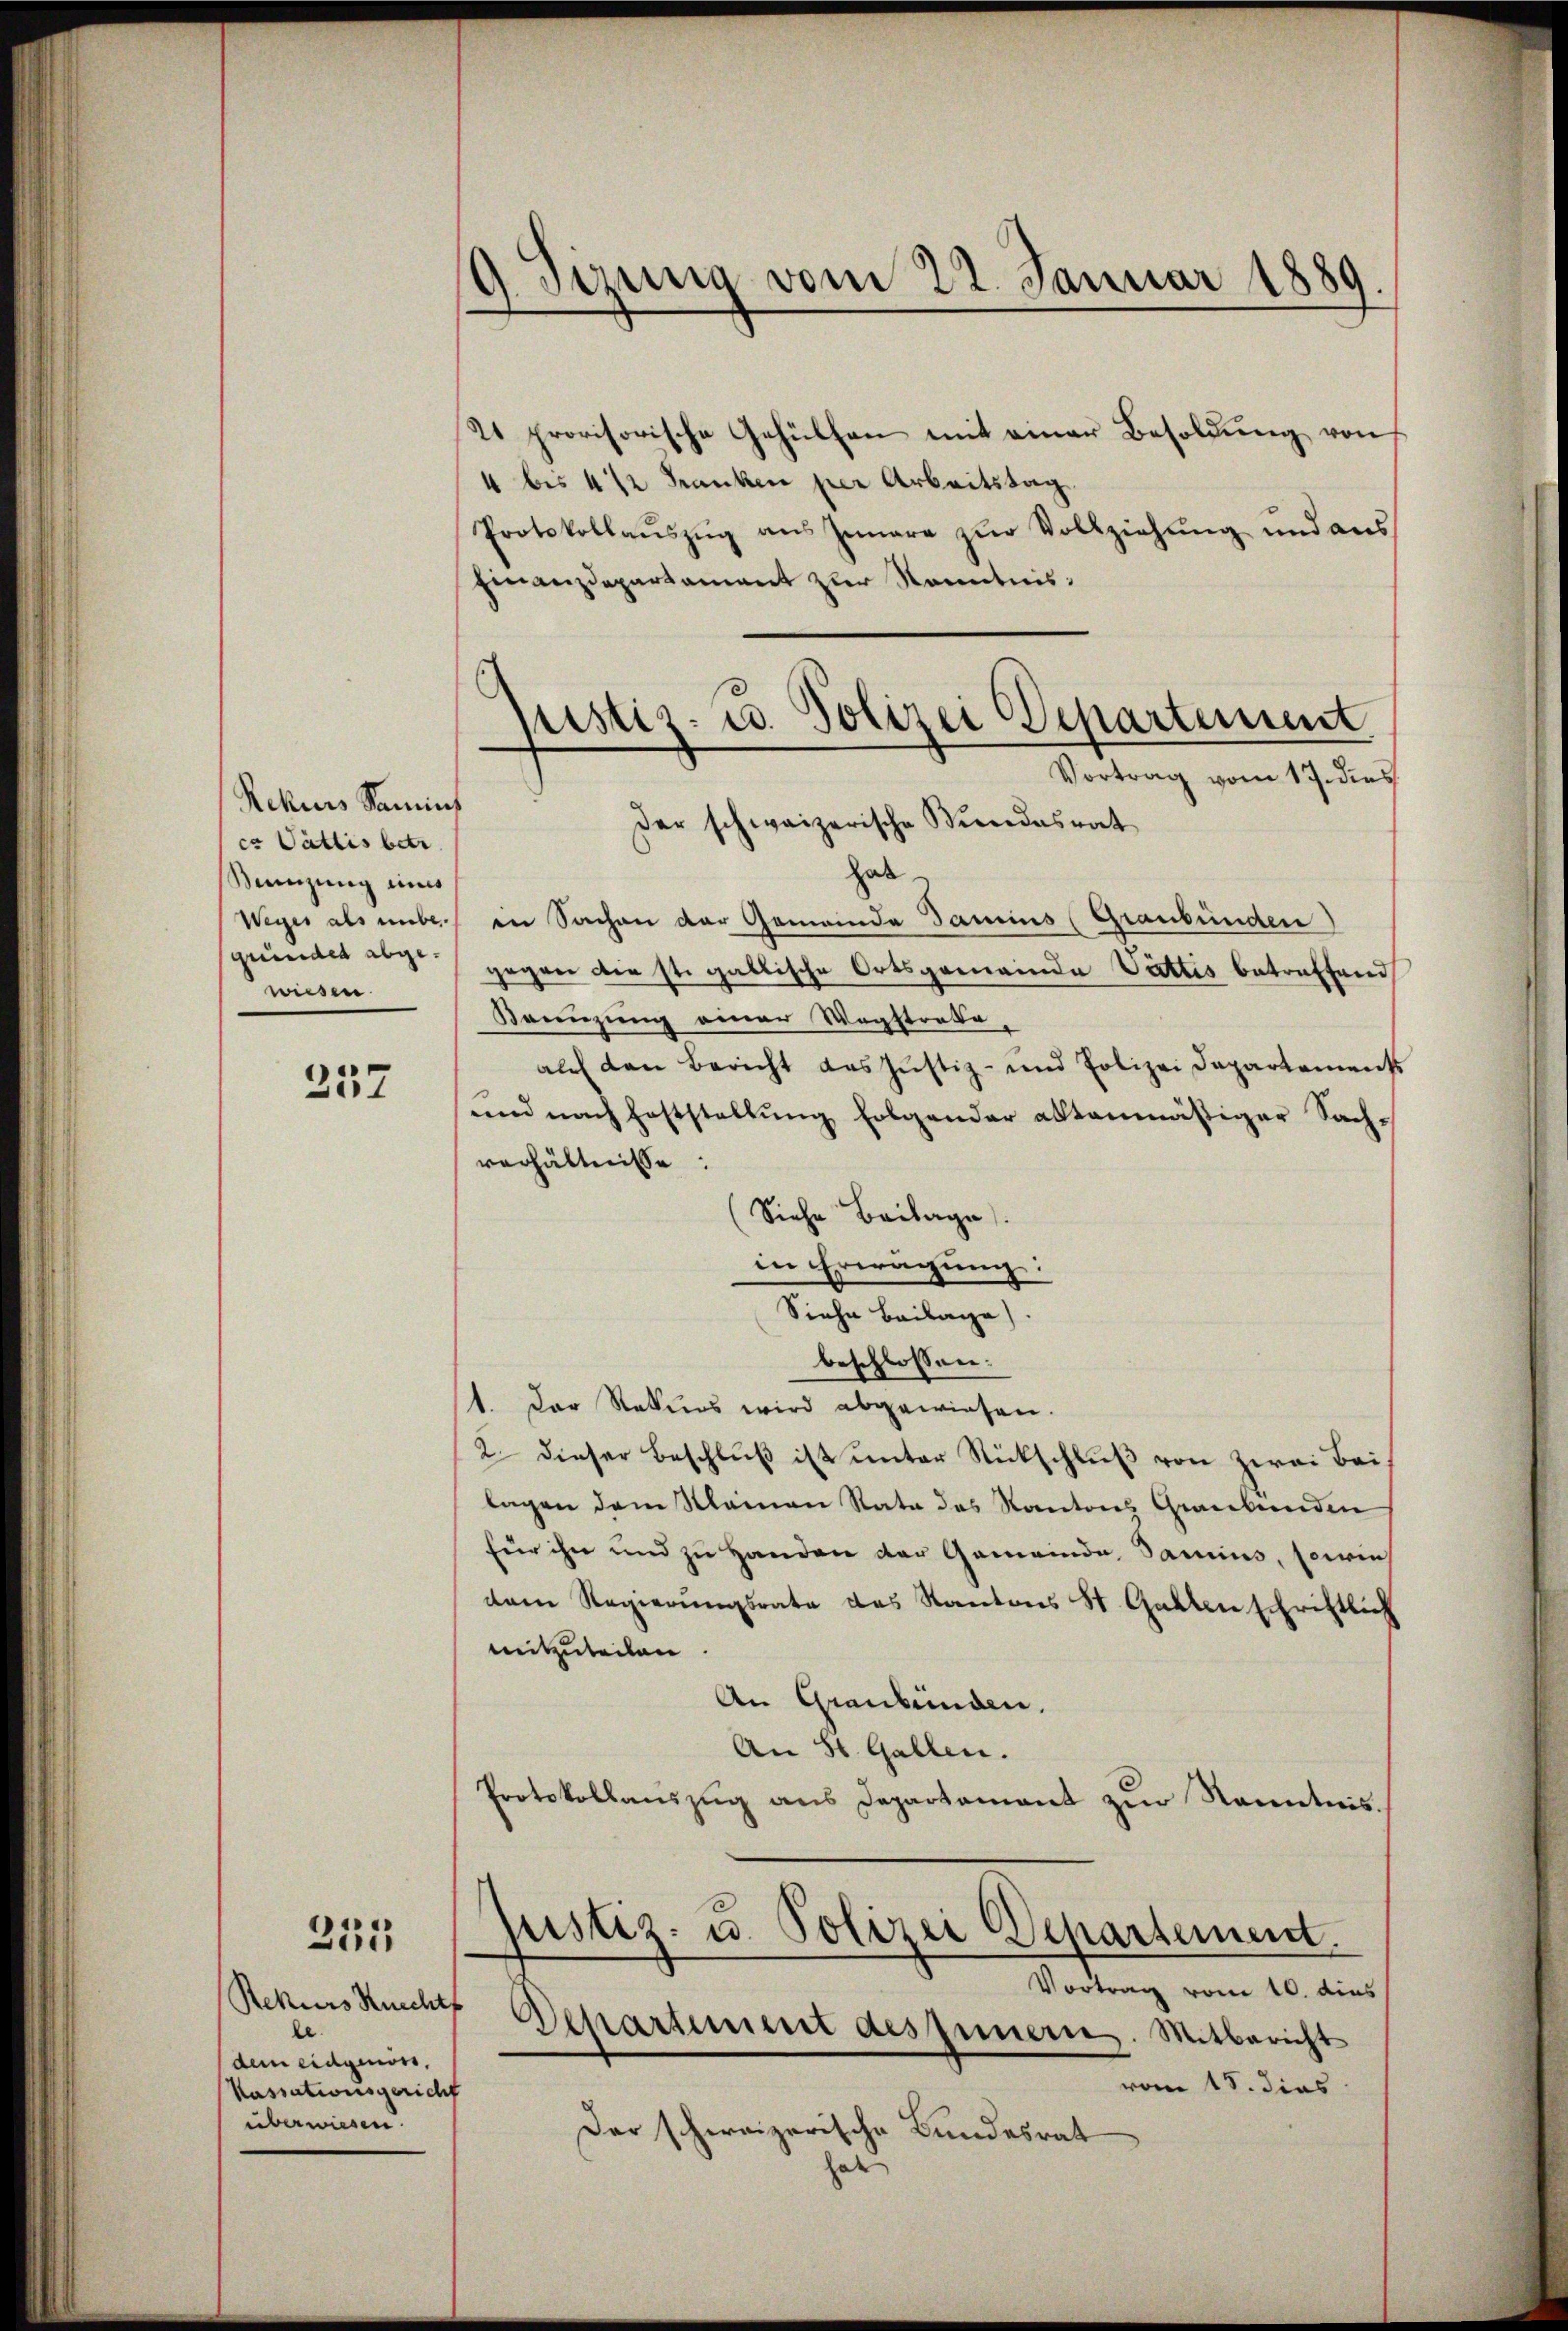
Rekurs Samins
cr Vättis betr.
Beizung eines
gründet abgewiesen

237

255

g. Sizung vom 22. Januar 1889

Rekurs Ruechtf
le.
dem eidgenoss,
Kassationsgericht
überwiesen.

21 provisorische Gehülfen mit einer Besoldung von
4 bis 4 1/2 Franken per Arbeitstag.
Protokollaŭszŭg aŭs Innere zŭr Vollziehŭng und aŭs
Finanzdepartament zur Kenntnis:
Der schweizerische Windesrat
hab
Weger als unbe in Sachen der Gemeinde Samins (Graubünden)
gegen die st. gallische Ortsgemeinde Vattis betreffend
Konuzung einer Wegstrafe
auch den Bericht das Justiz- und Polizei Departement
und nach Feststellŭng folgender altenmässiger Sach-
verhältnisse:
Siehe Beilage
in Erwägung:
Siehe Beilage).
beschlossen:
1. Das Rekurs wird abgewiesen.
2. dieser Beschlŭβ ist unter Rückschluß von zwei Bei
lagen dem Mainen Rata das Kantons Graubünden
für ihn und zu Handen der Gemeinde, Samins, sowie
dem Regierŭngsrate des Kantons St. Gallen schriftlich
mitzuteilen.
An Graubünden.
An St. Gallen.
Protokollaŭszŭg ans Departament zŭr Kenntnis.
ustiz- u. Polizei Departement
Vortrag vom 10. dies
Departement des Innern. Mitbericht
vom 18. dies
Der schweizerische Bundesrat
hal

pistiz- u. Polizei Departement
Vortrag vom 17. dies